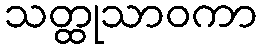
သတ္ထုသာဝကာ